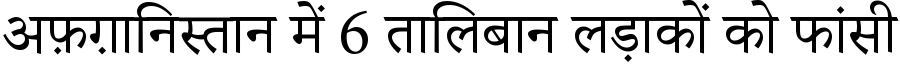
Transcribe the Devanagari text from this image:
अफ़ग़ानिस्तान में 6 तालिबान लड़ाकों को फांसी